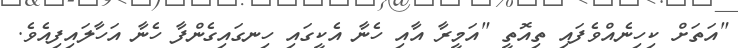
"އަތަށް ކިހިނެއްވެފައި ތިއޮތީ "އަމީރާ އާއި ހެނާ އެކީގައި ހިނގައިގެންފާ ހެނާ އަހާލައިފިއެވެ.